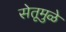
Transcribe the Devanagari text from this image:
सेतूमुळे